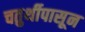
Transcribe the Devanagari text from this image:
चतुर्थीपासून